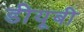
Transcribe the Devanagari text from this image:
डीयूबी